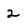
Character: 2